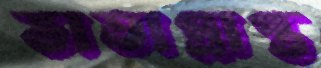
ভাতাপ্রাপ্ত